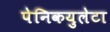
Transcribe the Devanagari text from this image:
पेनिकयुलेटा